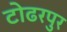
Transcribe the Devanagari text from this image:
टोढरपुर